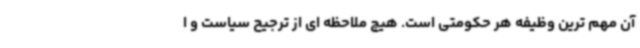
آن مهم ترین وظیفه هر حکومتی است. هیچ ملاحظه ای از ترجیح سیاست و ا